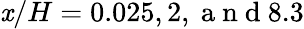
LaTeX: \mathit{x}/H=0.025,2,\mathrm{{~a~n~d~}}8.3